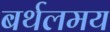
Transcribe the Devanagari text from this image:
बर्थलमय